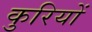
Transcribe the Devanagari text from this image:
कुरियों